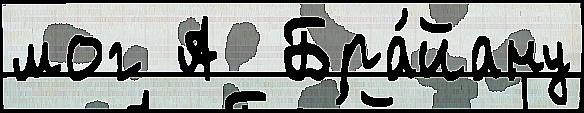
мог А  Бра́йану